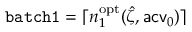
\mathtt { b a t c h 1 } = \lceil n _ { 1 } ^ { \mathrm { o p t } } ( \hat { \zeta } , \mathsf { a c v } _ { 0 } ) \rceil